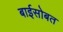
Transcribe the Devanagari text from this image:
बाईसोबत